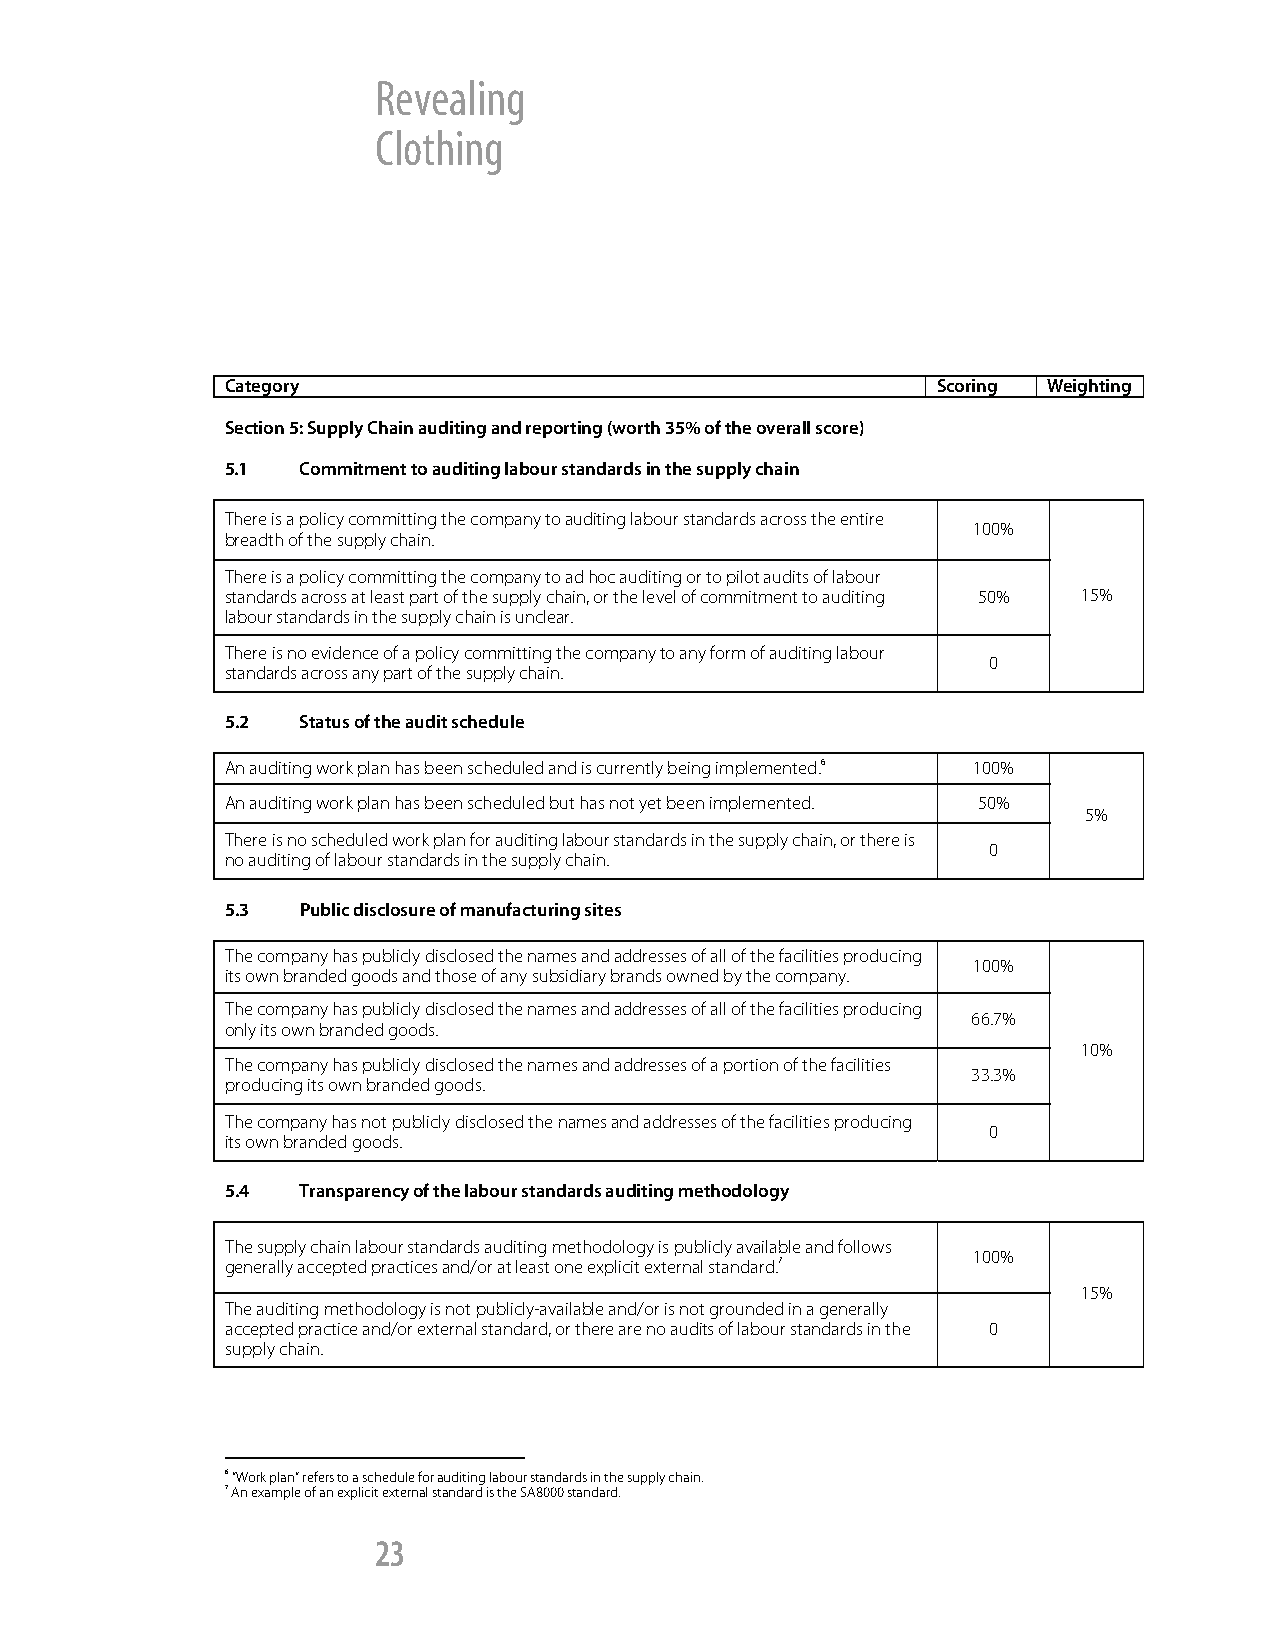
Revealing
 Clothing
 Category                                       Scoring Weighting
 Section 5: Supply Chain auditing and reporting (worth 35% of the overall score)
 5.1  Commitment to auditing labour standards in the supply chain
 There is a policy committing the company to auditing labour standards across the entire
 100%
 breadth of the supply chain.
 There is a policy committing the company to ad hoc auditing or to pilot audits of labour
 standards across at least part of the supply chain, or the level of commitment to auditing 50% 15%
 labour standards in the supply chain is unclear.
 There is no evidence of a policy committing the company to any form of auditing labour
 0
 standards across any part of the supply chain.
 5.2  Status of the audit schedule
 An auditing work plan has been scheduled and is currently being implemented.6 100%
 An auditing work plan has been scheduled but has not yet been implemented. 50%
 5%
 There is no scheduled work plan for auditing labour standards in the supply chain, or there is
 0
 no auditing of labour standards in the supply chain.
 5.3  Public disclosure of manufacturing sites
 The company has publicly disclosed the names and addresses of all of the facilities producing
 100%
 its own branded goods and those of any subsidiary brands owned by the company.
 The company has publicly disclosed the names and addresses of all of the facilities producing
 66.7%
 only its own branded goods.
 10%
 The company has publicly disclosed the names and addresses of a portion of the facilities
 33.3%
 producing its own branded goods.
 The company has not publicly disclosed the names and addresses of the facilities producing
 0
 its own branded goods.
 5.4  Transparency of the labour standards auditing methodology
 The supply chain labour standards auditing methodology is publicly available and follows
 100%
 generally accepted practices and/or at least one explicit external standard.7
 15%
 The auditing methodology is not publicly-available and/or is not grounded in a generally
 accepted practice and/or external standard, or there are no audits of labour standards in the 0
 supply chain.
 6 “Work plan” refers to a schedule for auditing labour standards in the supply chain.
 7 An example of an explicit external standard is the SA8000 standard.
 23